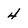
Character: 4